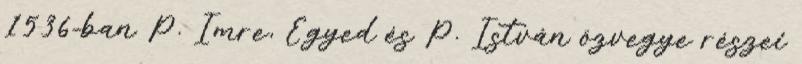
1536-ban P. Imre, Egyed és P. István özvegye részei